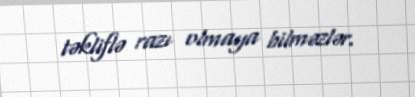
təkliflə razı olmaya bilməzlər.